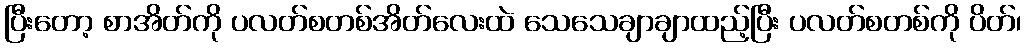
ပြီးတော့ စာအိတ်ကို ပလတ်စတစ်အိတ်လေးထဲ သေသေချာချာထည့်ပြီး ပလတ်စတစ်ကို ပိတ်၊